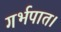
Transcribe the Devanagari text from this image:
गर्भपात।